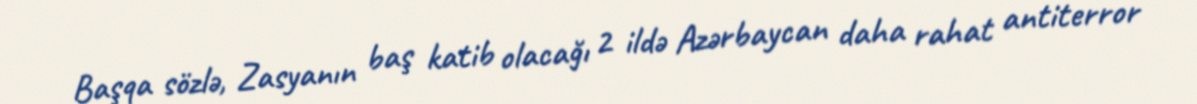
Başqa sözlə, Zasyanın baş katib olacağı 2 ildə Azərbaycan daha rahat antiterror